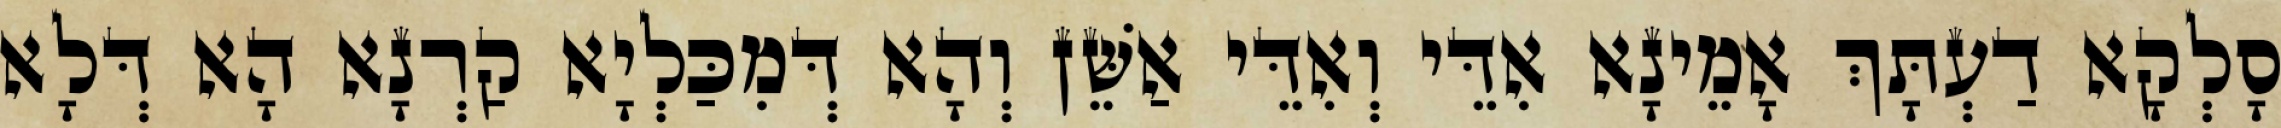
סָלְקָא דַעְתָּךְ אָמֵינָא אִדֵּי וְאִדֵּי אַשֵּׁן וְהָא דְּמִכַּלְיָא קַרְנָא הָא דְּלָא